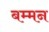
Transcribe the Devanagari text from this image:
बम्मन